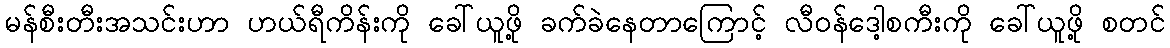
မန်စီးတီးအသင်းဟာ ဟယ်ရီကိန်းကို ခေါ်ယူဖို့ ခက်ခဲနေတာကြောင့် လီဝန်ဒေါ့စကီးကို ခေါ်ယူဖို့ စတင်